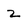
Character: z